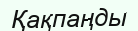
Қақпаңды